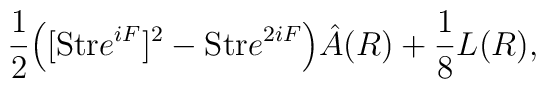
{1 \over 2} \Big([{\rm Str} e^{iF}]^2 - {\rm Str} e^{2iF} \Big)\hat A(R) +{1\over 8} L(R),